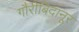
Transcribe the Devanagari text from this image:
गौरीबिदानूर